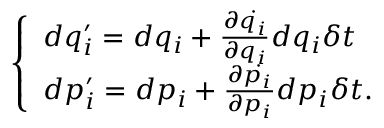
\left\{ \begin{array} { l l } { d q _ { i } ^ { \prime } = d q _ { i } + { \frac { \partial { \dot { q _ { i } } } } { \partial q _ { i } } } d q _ { i } \delta t } \\ { d p _ { i } ^ { \prime } = d p _ { i } + { \frac { \partial { \dot { p _ { i } } } } { \partial p _ { i } } } d p _ { i } \delta t . } \end{array} \right.